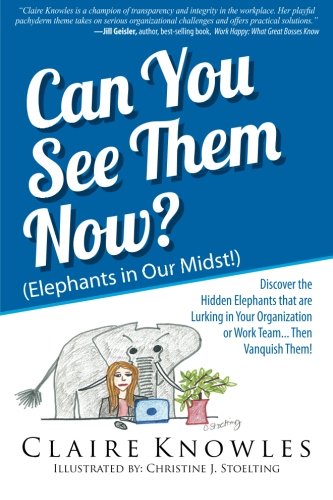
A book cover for Can You See Them Now? (Elephants in Our Midst!): Discover the Hidden Elephants that are Lurking in Your Organization or Work Team... Then Vanquish Them!; Claire Knowles; Science & Math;